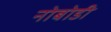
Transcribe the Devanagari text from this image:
नोबोडी